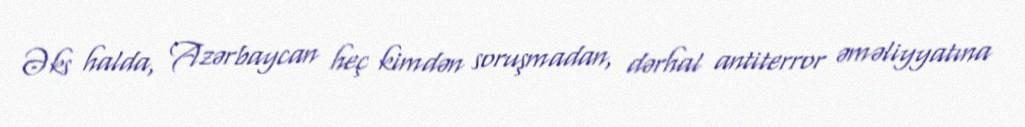
Əks halda, Azərbaycan heç kimdən soruşmadan, dərhal antiterror əməliyyatına